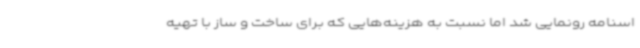
اسنامه رونمایی شد اما نسبت به هزینه‌هایی که برای ساخت و ساز با تهیه